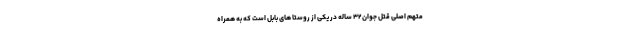
متهم اصلی قتل جوان۳۲ ساله در یکی از روستا های بابل است که به همراه